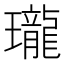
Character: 瓏